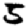
Digit: 5